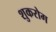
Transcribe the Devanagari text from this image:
शुकरोग